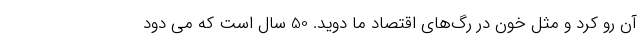
آن رو کرد و مثل خون در رگ‌های اقتصاد ما دوید. 50 سال است که می دود